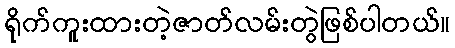
ရိုက်ကူးထားတဲ့ဇာတ်လမ်းတွဲဖြစ်ပါတယ်။